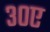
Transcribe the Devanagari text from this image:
३०ए